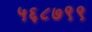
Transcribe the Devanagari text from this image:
५६८७९९